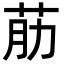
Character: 荕